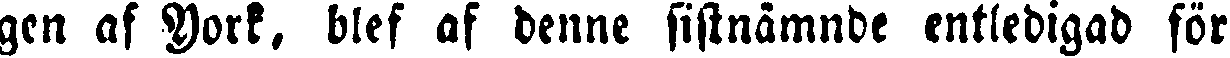
gen af York, blef af denne sistnämnde entledigad för